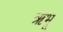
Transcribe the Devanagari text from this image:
ऋभू